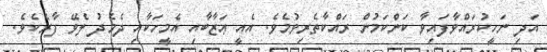
އަދި ނަހީކުރައްވާފައިވާ ކަންކަމުން ރައްކާތެރިވުމެވެ. އެއީ ޢަޒާބާއި އެމީހަކާއި ދެމެދު ލެވޭ ފާރެކެވެ.